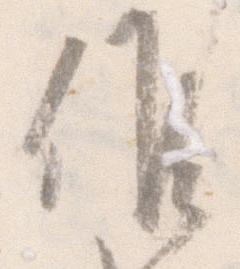
候